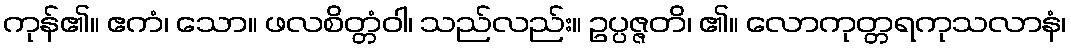
ကုန်၏။ ဧကံ၊ သော။ ဖလစိတ္တံဝါ၊ သည်လည်း။ ဥပ္ပဇ္ဇတိ၊ ၏။ လောကုတ္တရကုသလာနံ၊